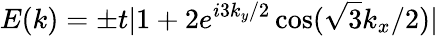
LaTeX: E(k)=\pm t|1+2e^{i3k_{y}/2}\cos(\sqrt{3}k_{x}/2)|